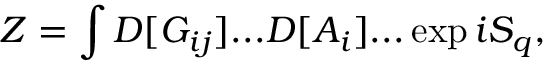
Z = \int D [ G _ { i j } ] . . . D [ A _ { i } ] . . . \exp i S _ { q } ,